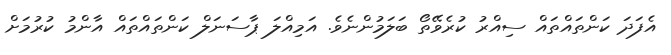
އެފަދަ ކަންތައްތައް ސިއްރު ކުރެވޭތޯ ބަލަމުންނެވެ. އަމިއްލަ ޕާސަނަލް ކަންތައްތައް އާންމު ކުރުމަށް